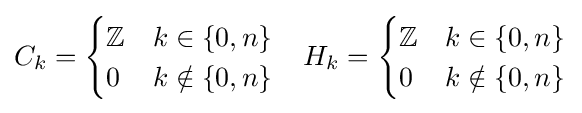
C_{k}={\begin{cases}\mathbb {Z} &k\in \{0,n\}\\0&k\notin \{0,n\}\end{cases}}\quad H_{k}={\begin{cases}\mathbb {Z} &k\in \{0,n\}\\0&k\notin \{0,n\}\end{cases}}